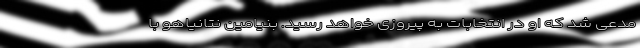
مدعی شد که او در انتخابات به پیروزی خواهد رسید. بنیامین نتانیاهو با